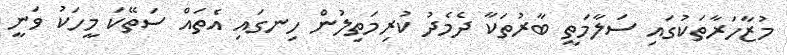
މުޒާހަރާތަކުގައި ސަލާމަތީ ބާރުތަކާ ދެމެދު ކުރިމަތިލުން ހިނގައި އެތައް ސަތޭކަ މީހަކު ވަނީ